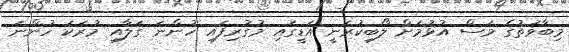
މިބާވަތުގެ މަސް އުޅުމަށް ލޯބިކުރަނީ އަޑީގައި މުގުރިފައި ހުންނަ ގަލާއި މުރަކަ ހުންނަ